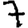
Digit: 7